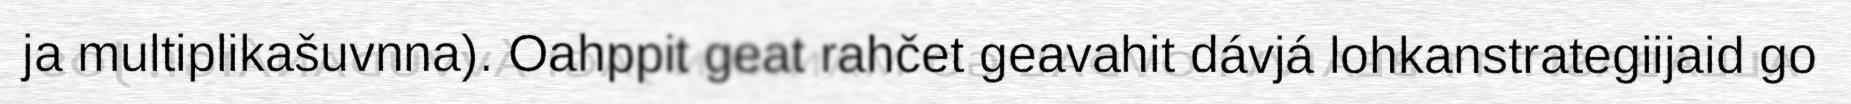
ja multiplikašuvnna). Oahppit geat rahčet geavahit dávjá lohkanstrategiijaid go